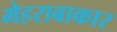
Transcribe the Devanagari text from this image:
मेहराबाकार